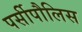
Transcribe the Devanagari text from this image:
पर्सीपौलिस